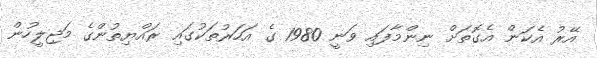
އޭރު އެކަން އެގޮތަށް ނިންމާފައި ވަނީ 1980 ގެ އަހަރުތަކުގައި ރައްޔިތުންގެ މަޖިލީހުން